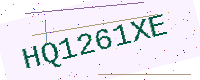
Text: HQ1261XE